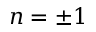
n = \pm 1